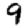
Digit: 9